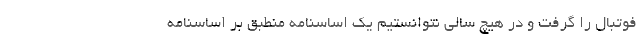
فوتبال را گرفت و در هیچ سالی نتوانستیم یک اساسنامه منطبق بر اساسنامه